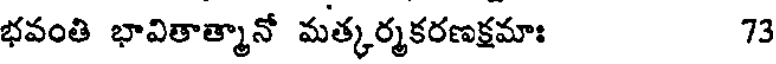
భవంతి భావితాత్మానో మత్కర్మకరణక్షమాః 73